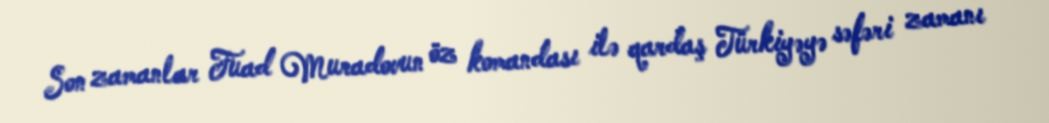
Son zamanlar Fuad Muradovun öz komandası ilə qardaş Türkiyəyə səfəri zamanı